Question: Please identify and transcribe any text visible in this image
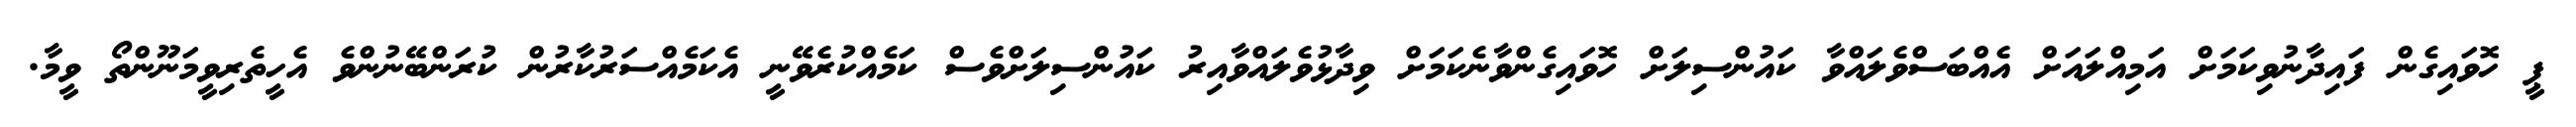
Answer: ޕީ ހޮވައިގެން ފައިދާނުވިކަމަށް އަމިއްލައަށް އެއްބަސްވެލައްވާ ކައުންސިލަށް ހޮވައިގެންވާނެކަމަށް ވިދާޅުވެލައްވާއިރު ކައުންސިލަށްވެސް ކަމެއްކުރެވޭނީ އެކަމެއްސަރުކާރުން ކުރަންބޭނުންވެ އެހީތެރިވީމަނޫންތޯ ވީމާ.